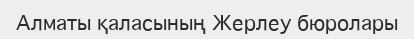
Алматы қаласының Жерлеу бюролары